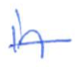
Text: in
Cross-out: single-line
Writing tool: ballpoint